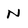
Character: W